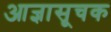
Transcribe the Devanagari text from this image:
आज्ञासूचक